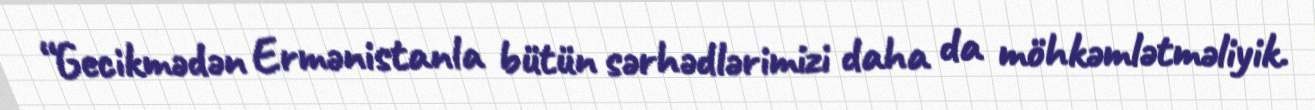
“Gecikmədən Ermənistanla bütün sərhədlərimizi daha da möhkəmlətməliyik.